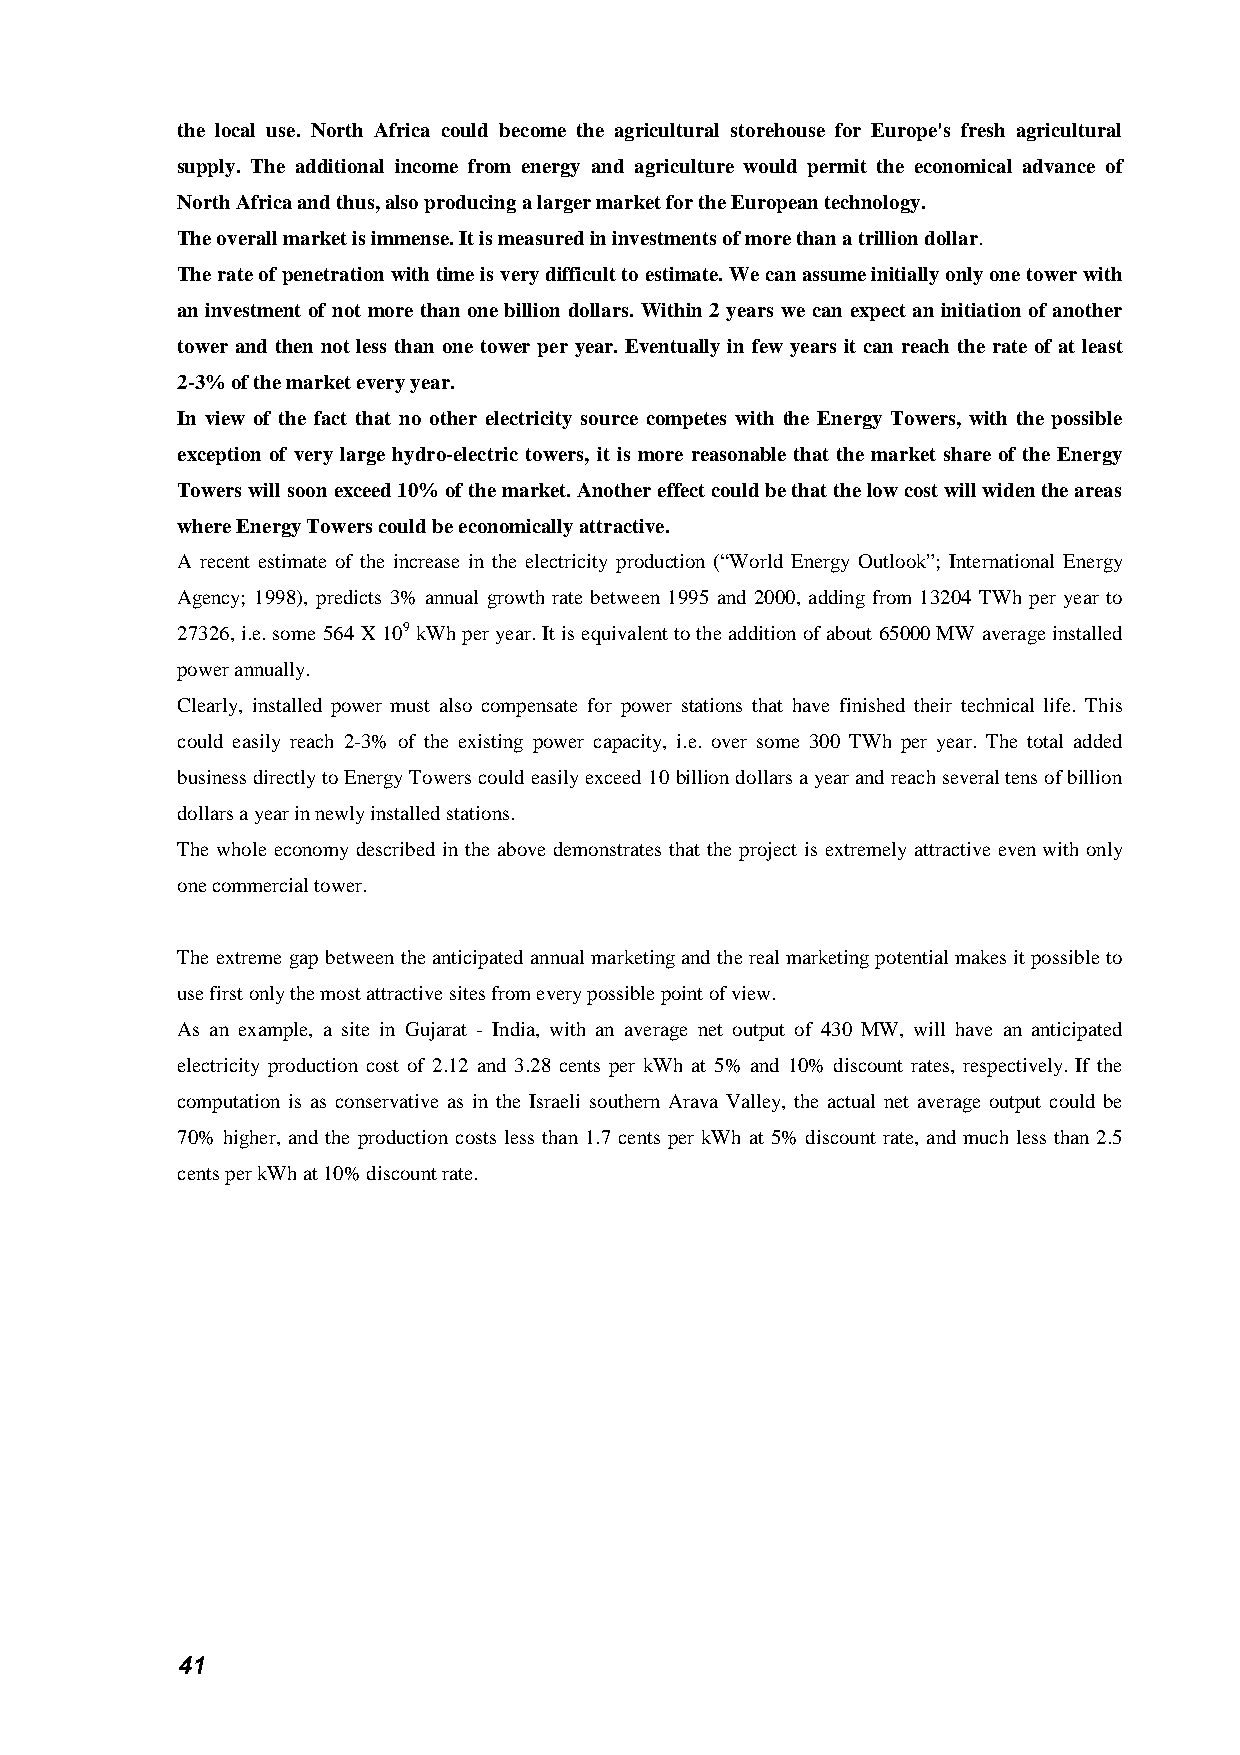
the local use. North Africa could become the agricultural storehouse for Europe's fresh agricultural
 supply. The additional income from energy and agriculture would permit the economical advance of
 North Africa and thus, also producing a larger market for the European technology.
 The overall market is immense. It is measured in investments of more than a trillion dollar.
 The rate of penetration with time is very difficult to estimate. We can assume initially only one tower with
 an investment of not more than one billion dollars. Within 2 years we can expect an initiation of another
 tower and then not less than one tower per year. Eventually in few years it can reach the rate of at least
 2-3% of the market every year.
 In view of the fact that no other electricity source competes with the Energy Towers, with the possible
 exception of very large hydro-electric towers, it is more reasonable that the market share of the Energy
 Towers will soon exceed 10% of the market. Another effect could be that the low cost will widen the areas
 where Energy Towers could be economically attractive.
 A recent estimate of the increase in the electricity production (“World Energy Outlook”; International Energy
 Agency; 1998), predicts 3% annual growth rate between 1995 and 2000, adding from 13204 TWh per year to
 27326, i.e. some 564 X 109 kWh per year. It is equivalent to the addition of about 65000 MW average installed
 power annually.
 Clearly, installed power must also compensate for power stations that have finished their technical life. This
 could easily reach 2-3% of the existing power capacity, i.e. over some 300 TWh per year. The total added
 business directly to Energy Towers could easily exceed 10 billion dollars a year and reach several tens of billion
 dollars a year in newly installed stations.
 The whole economy described in the above demonstrates that the project is extremely attractive even with only
 one commercial tower.
 The extreme gap between the anticipated annual marketing and the real marketing potential makes it possible to
 use first only the most attractive sites from every possible point of view.
 As an example, a site in Gujarat - India, with an average net output of 430 MW, will have an anticipated
 electricity production cost of 2.12 and 3.28 cents per kWh at 5% and 10% discount rates, respectively. If the
 computation is as conservative as in the Israeli southern Arava Valley, the actual net average output could be
 70% higher, and the production costs less than 1.7 cents per kWh at 5% discount rate, and much less than 2.5
 cents per kWh at 10% discount rate.
 41